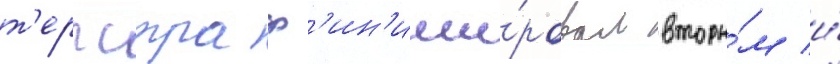
т'ерпстра ф'ин'иши́ровал вторы́м и́